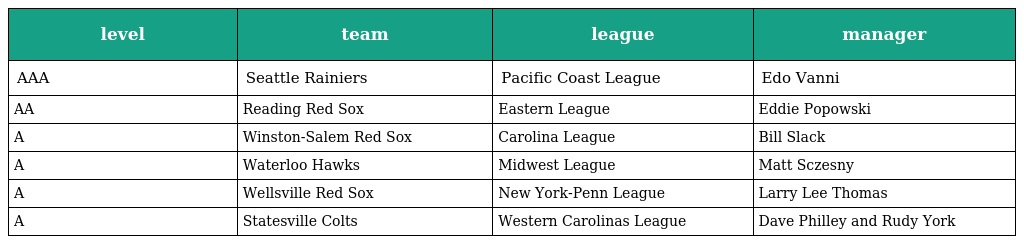
| level | team | league | manager |
 | --- | --- | --- | --- |
 | AAA | Seattle Rainiers | Pacific Coast League | Edo Vanni |
 | AA | Reading Red Sox | Eastern League | Eddie Popowski |
 | A | Winston-Salem Red Sox | Carolina League | Bill Slack |
 | A | Waterloo Hawks | Midwest League | Matt Sczesny |
 | A | Wellsville Red Sox | New York-Penn League | Larry Lee Thomas |
 | A | Statesville Colts | Western Carolinas League | Dave Philley and Rudy York |